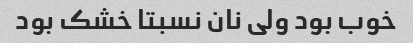
خوب بود ولی نان نسبتا خشک بود